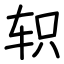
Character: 轵